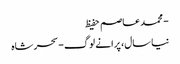
- محمد عاصم حفیظ
نیا سال، پرانے لوگ - سحر شاہ